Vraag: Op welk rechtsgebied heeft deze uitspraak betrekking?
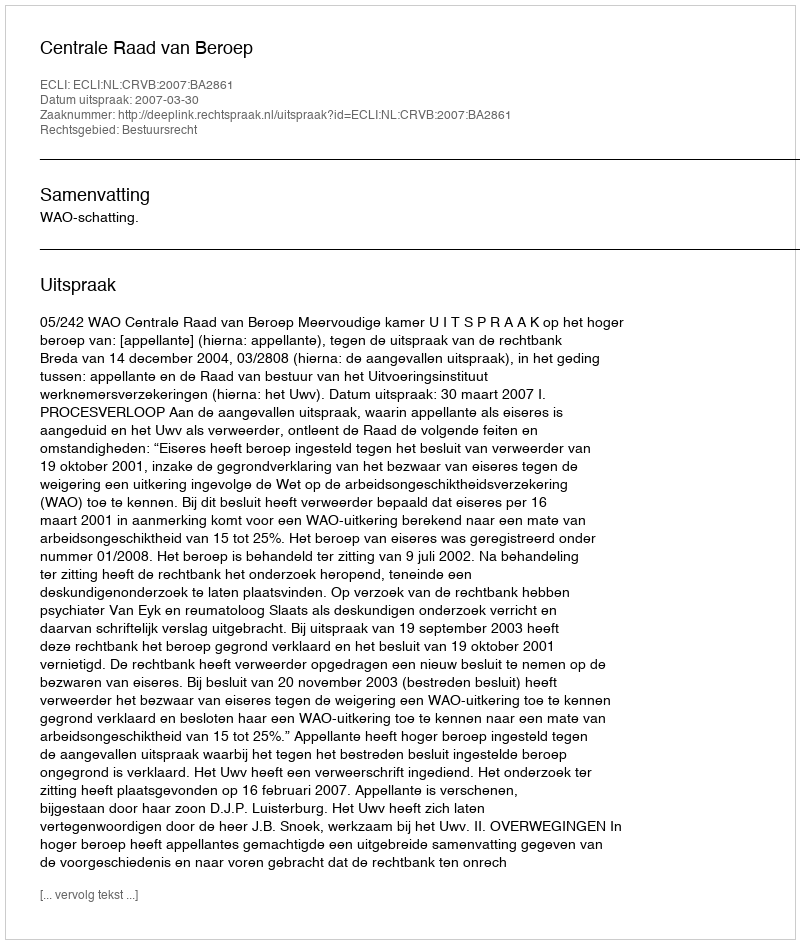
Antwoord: Bestuursrecht